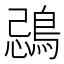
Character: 鵋